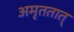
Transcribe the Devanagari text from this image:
अमृततात्